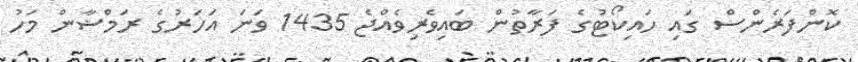
ކޮންފަރެންސް ގައި ހައިކޯޓުގެ ފަރާތުން ބައިވެރިވެއްޖެ 1435 ވަނަ އަހަރުގެ ރަމްޟާން މަހު